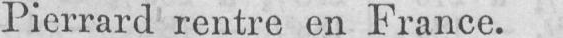
Pierrard rentre en France.